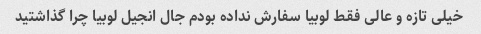
خیلی تازه و عالی فقط لوبیا سفارش نداده بودم جال انجیل لوبیا چرا گذاشتید